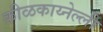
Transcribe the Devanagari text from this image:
कीळकाय्नेल्ली